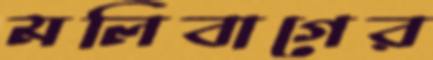
মলিবাগের